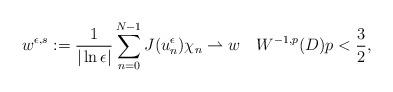
LaTeX: \begin{align*}w^{\epsilon,s}:=\frac{1}{|\ln\epsilon|}\sum_{n=0}^{N-1}J(u_n^{\epsilon})\chi_n\rightharpoonup w \quad W^{-1,p}(D) p<\frac{3}{2},\end{align*}